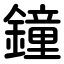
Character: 鐘